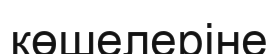
көшелеріне